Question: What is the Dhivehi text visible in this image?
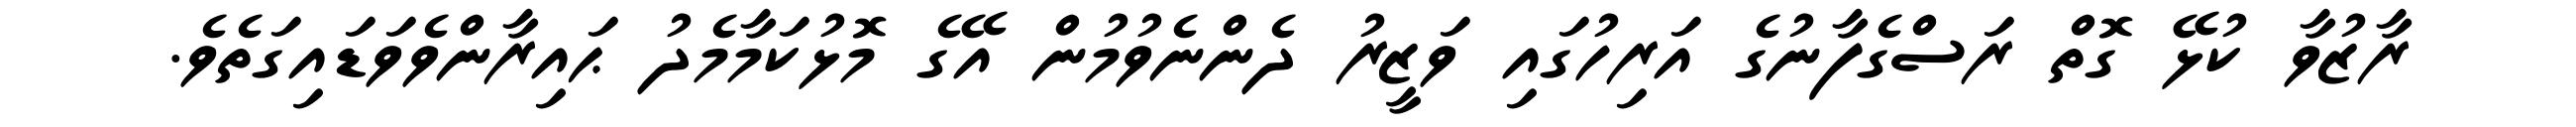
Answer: ރާޒުވާ ކުޅޭ ގޮތް ރަސްގެފާނުގެ އަރިހުގައި ވަޒީރު ދެންނެވުމުން އޭގެ މޮޅުކަމާމެދު ޙައިރާންވެވަޑައިގަތެވެ.